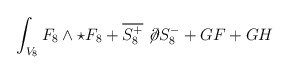
\begin{align*}\int_{V_{8}} F_{8} \wedge \star F_{8} +\overline{S^{+}_{8}} \not \! \partial S^{-}_{8} + GF + GH\end{align*}